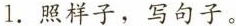
1.照样子，写句子。